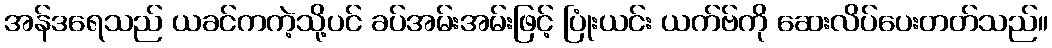
အန်ဒရေသည် ယခင်ကကဲ့သို့ပင် ခပ်အမ်းအမ်းဖြင့် ပြုံးယင်း ယက်ဗ်ကို ဆေးလိပ်ပေးတတ်သည်။